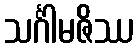
သင်္ဂါမဇိဿ